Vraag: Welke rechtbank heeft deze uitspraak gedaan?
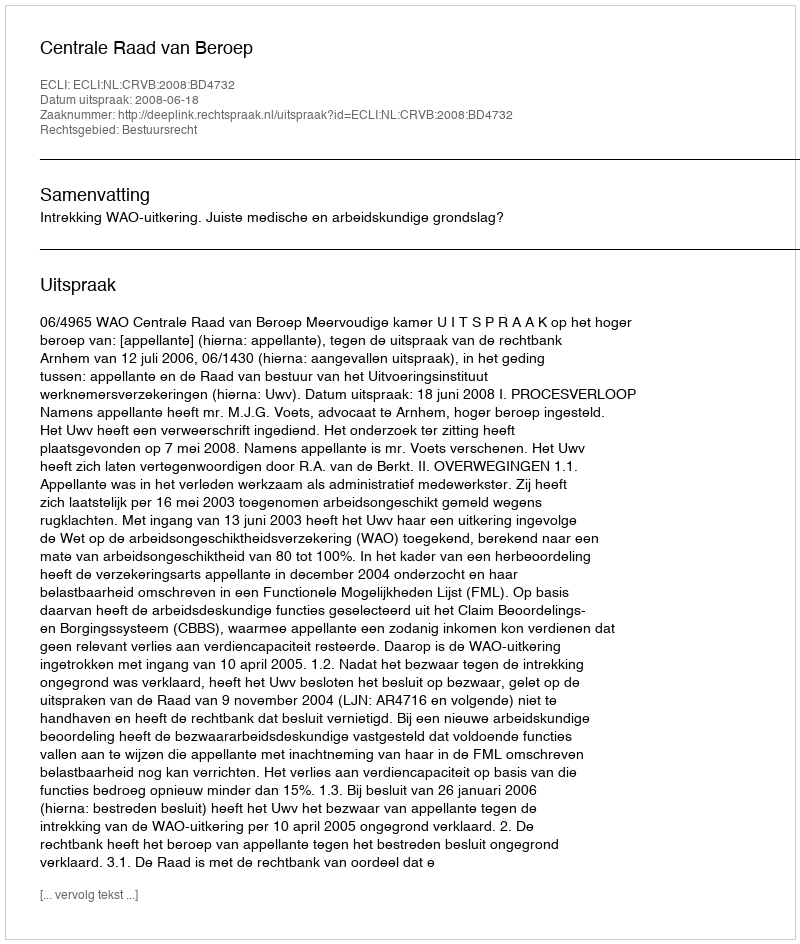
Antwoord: Centrale Raad van Beroep